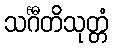
သင်္ဂီတိသုတ္တံ